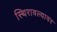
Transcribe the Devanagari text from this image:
स्थिरावल्यावर